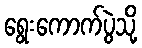
ရွေးကောက်ပွဲသို့